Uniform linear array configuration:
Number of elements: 48
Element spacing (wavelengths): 0.75
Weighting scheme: kaiser
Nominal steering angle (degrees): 0
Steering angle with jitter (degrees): -0.7752
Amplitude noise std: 0.05
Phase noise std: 0.05

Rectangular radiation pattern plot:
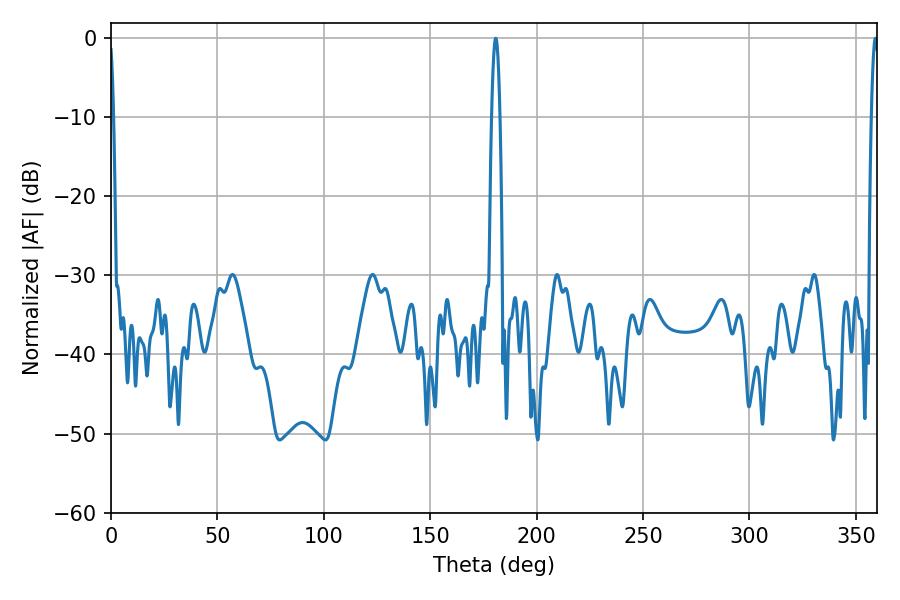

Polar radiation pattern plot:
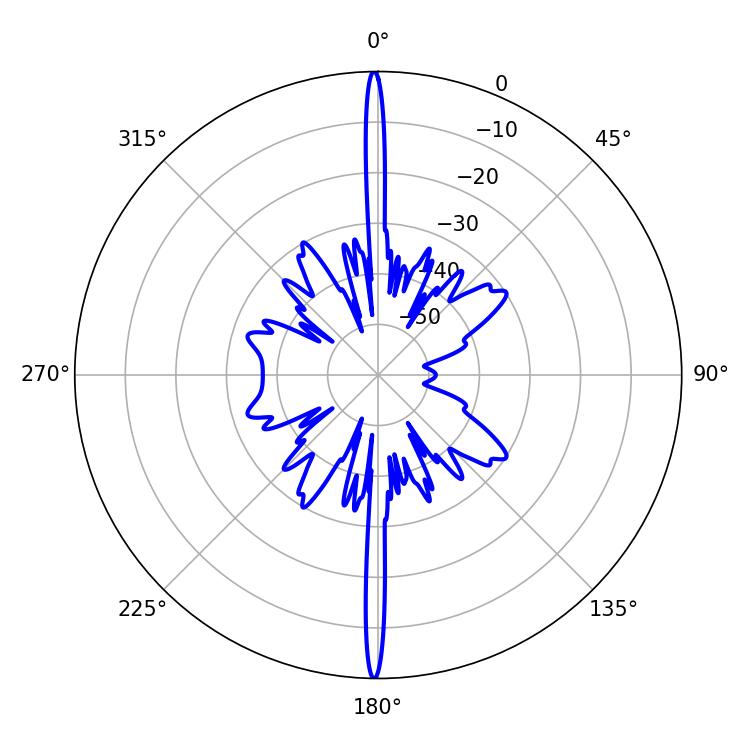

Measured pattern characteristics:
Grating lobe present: TRUE
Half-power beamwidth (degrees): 1.98
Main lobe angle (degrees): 180.72